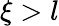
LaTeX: \xi>l